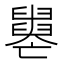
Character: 𦦦